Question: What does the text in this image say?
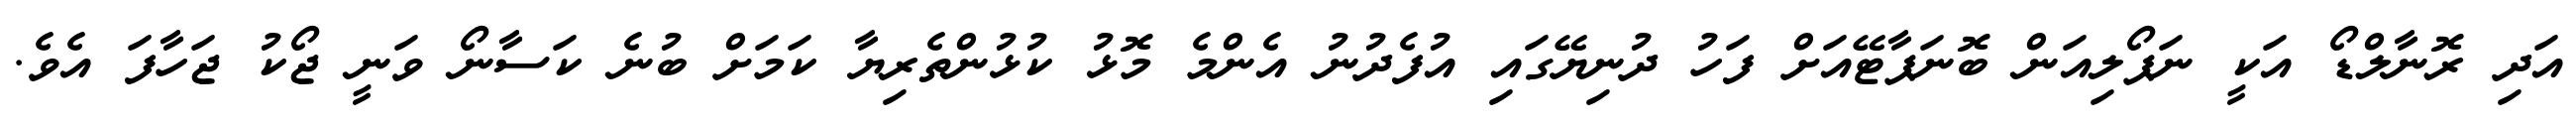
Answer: އަދި ރޮނާލްޑޯ އަކީ ނަޕޯލިއަން ބޮނަޕާޓޭއަށް ފަހު ދުނިޔޭގައި އުފެދުނު އެންމެ މޮޅު ކުޅުންތެރިޔާ ކަމަށް ބުނެ ކަސާނޯ ވަނީ ޖޯކު ޖަހާފަ އެވެ.